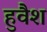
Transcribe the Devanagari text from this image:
हुवैश